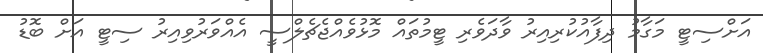
އަށްސިޓީ މަގާމު ދިފާއުކުރިއިރު ވާދަވެރި ޓީމުތައް މޮޅުވެއްޖެޗެލްސީ އެއްވަރުވިއިރު ސިޓީ އަށް ބޮޑު